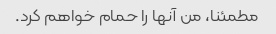
مطمئنا، من آنها را حمام خواهم کرد.